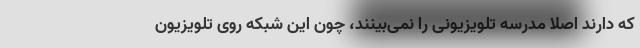
که دارند اصلا مدرسه تلویزیونی را نمی‌بینند، چون این شبکه روی تلویزیون